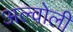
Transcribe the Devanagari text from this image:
अल्वोली